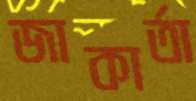
জাকার্তা